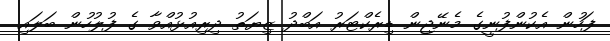
ފަހުން އެކުންފުނީގެ މެނޭޖިން ޑިރެކްޓަރު އަބްދު ޒިޔަތު ދިރިއުޅުއްވާ ގެ ފުލުހުން ބަލައި